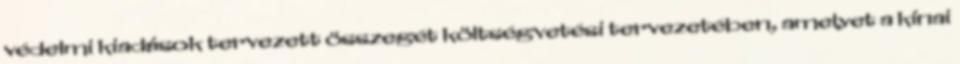
védelmi kiadások tervezett összegét költségvetési tervezetében, amelyet a kínai